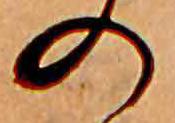
の